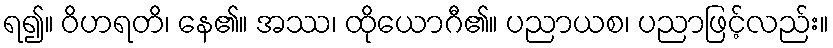
ရ၍။ ဝိဟရတိ၊ နေ၏။ အဿ၊ ထိုယောဂီ၏။ ပညာယစ၊ ပညာဖြင့်လည်း။